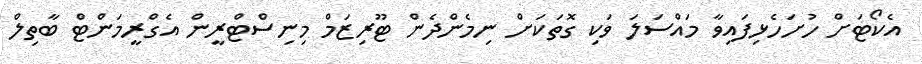
އެކޯޓަށް ހުށަހެޅިފައިވާ މައްސަލަ ވަކި ގޮތަކަށް ނިމެންދެން ޓޫރިޒަމް މިނިސްޓްރީން އެގްރީމަންޓް ބާތިލް